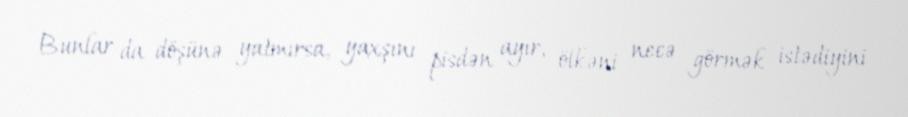
Bunlar da döşünə yatmırsa, yaxşını pisdən ayır, ölkəni necə görmək istədiyini